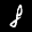
Label: 8